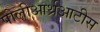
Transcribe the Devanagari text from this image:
पोलीआर्थ्रआटीस